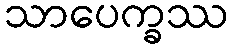
သာပေက္ခဿ